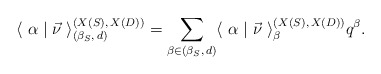
\begin{align*} \langle~ \alpha \mid\vec{\nu} ~\rangle ^{(X(S),\, X(D))}_{(\beta_S, \,d)} = \sum_{ \beta \in (\beta_S, \,d) } \langle~ \alpha \mid\vec{\nu} ~\rangle ^{(X(S),\, X(D))}_{\beta} q^\beta.\end{align*}